Vital statistics of India. Vol. VI, European troops 1870-79
Year: 1870
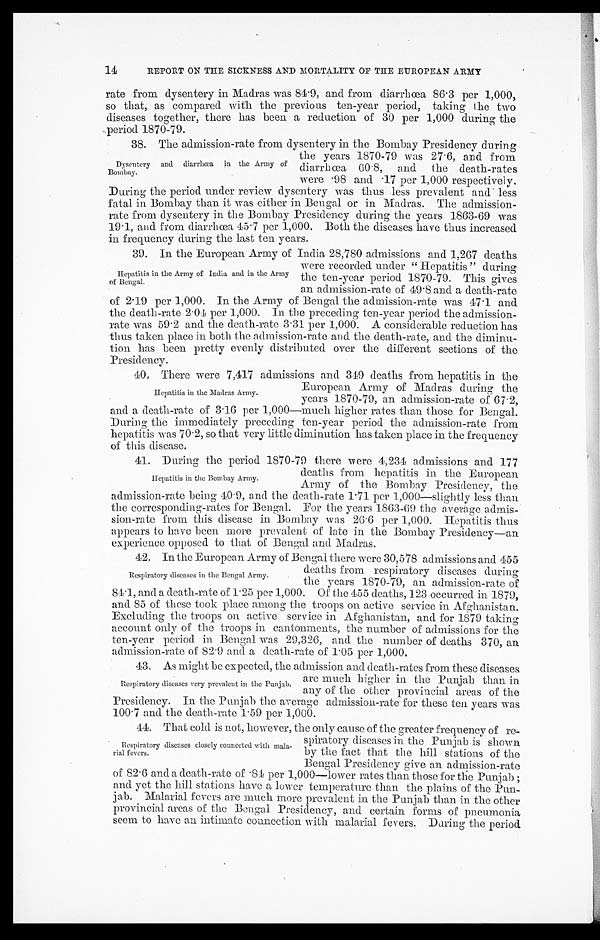
14
REPORT ON THE SICKNESS AND MORTALITY OF THE EUROPEAN ARMY
rate from dysentery in Madras was 84 . 9, and from diarrhœa 86 . 3 per 1,000,
so that, as compared with the previous ten-year period, taking the two
diseases together, there has been a reduction of 30 per 1,000 during the
period 1870-79.
38.
The admission-rate from dysentery in the Bombay Presidency during
the years 1870-79 was 27 . 6, and from
diarrhœa 60 . 8, and the death-rates
were
.
98 and . 17 per 1,000 respectively.
During the period under review dysentery was thus less prevalent and less
fatal in Bombay than it was either in Bengal or in Madras. The admission-
rate from dysentery in the Bombay Presidency during the years 1863-69 was
19 . 1, and from diarrhœa 45 . 7 per 1,000. Both the diseases have thus increased
in frequency during the last ten years.
39.
In the European Army of India 28,780 admissions and 1,267 deaths
were recorded under " Hepatitis " during
the ten-year period 1870-79. This gives
an admission-rate of 49 . 8 and a death-rate
of 2
.
19 per 1,000. In the Army of Bengal the admission-rate was 47 . 1 and
the death-rate 2 . 04 per 1,000. In the preceding ten-year period the admission-
rate was 59 . 2 and the death-rate 3 . 31 per 1,000. A considerable reduction has
thus taken place in both the admission-rate and the death-rate, and the diminu-
tion has been pretty evenly distributed over the different sections of the
Presidency.
40. There were 7,417 admissions and 349 deaths from hepatitis in the
Dysentery and diarrhœa in the Army of
Bombay.
Hepatitis in the Army of India and in the Army
of Bengal.
Hepatitis in the Madras Army.
European Army of Madras during the
years 1870-79, an admission-rate of 67.2.
and a death-rate of 3
.
16 per 1,000—much higher rates than those for Bengal.
During the immediately preceding ten-year period the admission-rate from
hepatitis was 70 . 2, so that very little diminution has taken place in the frequency
of this disease.
41. During the period 1870-79 there were 4,234 admissions and 177
Hepatitis in the Bombay Army.
deaths from hepatitis in the European
Army of the Bombay Presidency, the
admission-rate being 40 . 9, and the death-rate 1
.
71 per 1,000—slightly less than
the corresponding-rates for Bengal. For the years 1863-69 the average admis-
sion-rate from this disease in Bombay was 26
.
6 per 1,000. Hepatitis thus
appears to have been more prevalent of late in the Bombay Presidency—an
experience opposed to that of Bengal and Madras.
42. In the European Army of Bengal there were 30,578 admissions and 455
Respiratory diseases in the Bengal Army.
deaths from respiratory diseases during
the years 1870-79, an admission-rate of
84
.
1, and a death-rate of 1 . 25 per 1,000. Of the 455 deaths, 123 occurred in 1879,
and 85 of these took place among the troops on active service in Afghanistan.
Excluding the troops on active service in Afghanistan, and for 1879 taking
account only of the troops in cantonments, the number of admissions for the
ten-year period in Bengal was 29,326, and the number of deaths 370, an
admission-rate of 82 . 9 and a death-rate of 1 .05 per 1,000.
43.
As might be expected, the admission and death-rates from these diseases
are much higher in the Punjab than in
any of the other provincial areas of the
Presidency. In the Punjab the average admission-rate for these ten years was
100
.
7 and the death-rate 1 . 59 per 1,000.
44.
That cold is not, however, the only cause of the greater frequency of re-
spiratory diseases in the Punjab is shown
by the fact that the hill stations of the
Bengal Presidency give an admission-rate
of 82 . 6 and a death-rate of
.
84 per 1,000—lower rates than those for the Punjab ;
and yet the hill stations have a lower temperature than the plains of the Pun-
jab. Malarial fevers are much more prevalent in the Punjab than in the other
provincial areas of the Bengal Presidency, and certain forms of pneumonia
seem to have an intimate connection with malarial fevers. During the period
Respiratory diseases very prevalent in the Punjab.
Respiratory diseases closely connected with mala-
rial fevers.